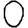
Digit: 0